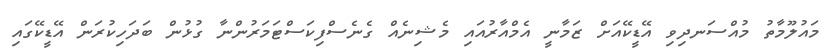
މައުލޫމާތު މުއްސަނދިވި އޭޑީކޭއަށް ޒަމާނީ އެމްއާރުއައި މެޝިނެއް ގެނެސްފިކަސްޓަމަރުންނާ ގުޅުން ބަދަހިކުރަން އޭޑީކޭގައި